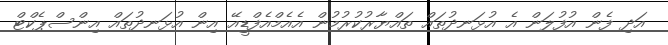
އަދި ފެން އުފުލަން އެ އުޅަނދުތައް ތައްޔާރުކުރުމުން އެއެމްއެފްޑީއޭ އިން އުޅަނދުތައް އިންސްޕެކްޓް